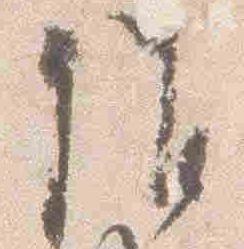
候